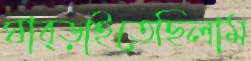
ঘাব্‌ড়াইতেছিলাম